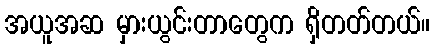
အယူအဆ မှားယွင်းတာတွေက ရှိတတ်တယ်။